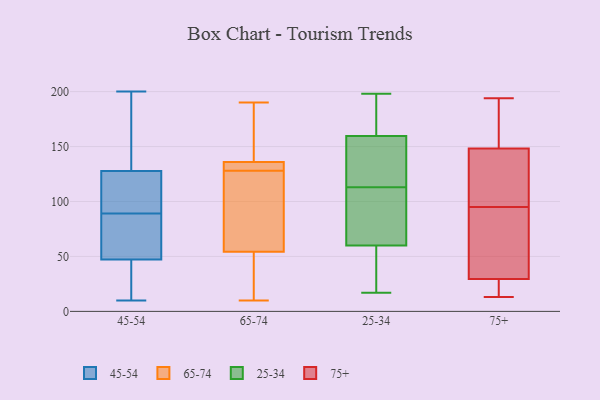
{"axis": {"x": "Website Visitors", "y": "Value"}, "legend": ["25-34", "45-54", "65-74", "75+"], "data": [{"x": "", "y": 33, "type": "45-54"}, {"x": "", "y": 200, "type": "45-54"}, {"x": "", "y": 10, "type": "45-54"}, {"x": "", "y": 171, "type": "45-54"}, {"x": "", "y": 85, "type": "45-54"}, {"x": "", "y": 51, "type": "45-54"}, {"x": "", "y": 36, "type": "45-54"}, {"x": "", "y": 169, "type": "45-54"}, {"x": "", "y": 89, "type": "45-54"}, {"x": "", "y": 114, "type": "45-54"}, {"x": "", "y": 175, "type": "45-54"}, {"x": "", "y": 76, "type": "45-54"}, {"x": "", "y": 109, "type": "45-54"}, {"x": "", "y": 96, "type": "45-54"}, {"x": "", "y": 52, "type": "45-54"}, {"x": "", "y": 109, "type": "45-54"}, {"x": "", "y": 25, "type": "45-54"}, {"x": "", "y": 20, "type": "65-74"}, {"x": "", "y": 174, "type": "65-74"}, {"x": "", "y": 137, "type": "65-74"}, {"x": "", "y": 132, "type": "65-74"}, {"x": "", "y": 71, "type": "65-74"}, {"x": "", "y": 128, "type": "65-74"}, {"x": "", "y": 51, "type": "65-74"}, {"x": "", "y": 64, "type": "65-74"}, {"x": "", "y": 190, "type": "65-74"}, {"x": "", "y": 133, "type": "65-74"}, {"x": "", "y": 10, "type": "65-74"}, {"x": "", "y": 123, "type": "25-34"}, {"x": "", "y": 53, "type": "25-34"}, {"x": "", "y": 157, "type": "25-34"}, {"x": "", "y": 156, "type": "25-34"}, {"x": "", "y": 113, "type": "25-34"}, {"x": "", "y": 145, "type": "25-34"}, {"x": "", "y": 198, "type": "25-34"}, {"x": "", "y": 17, "type": "25-34"}, {"x": "", "y": 85, "type": "25-34"}, {"x": "", "y": 182, "type": "25-34"}, {"x": "", "y": 54, "type": "25-34"}, {"x": "", "y": 178, "type": "25-34"}, {"x": "", "y": 49, "type": "25-34"}, {"x": "", "y": 81, "type": "25-34"}, {"x": "", "y": 62, "type": "25-34"}, {"x": "", "y": 95, "type": "25-34"}, {"x": "", "y": 167, "type": "25-34"}, {"x": "", "y": 15, "type": "75+"}, {"x": "", "y": 95, "type": "75+"}, {"x": "", "y": 13, "type": "75+"}, {"x": "", "y": 21, "type": "75+"}, {"x": "", "y": 63, "type": "75+"}, {"x": "", "y": 153, "type": "75+"}, {"x": "", "y": 193, "type": "75+"}, {"x": "", "y": 96, "type": "75+"}, {"x": "", "y": 134, "type": "75+"}, {"x": "", "y": 194, "type": "75+"}, {"x": "", "y": 55, "type": "75+"}]}